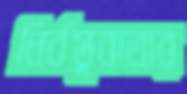
নির্বস্তুকতার